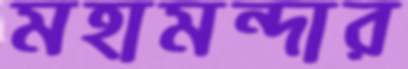
মহামন্দার